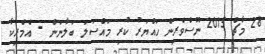
28 މާޗް 2015 ނޫސްވެރިން ހައްޔަރު ކުރި މައްސަލަ ބަލާނަން - އެމެރިކާ